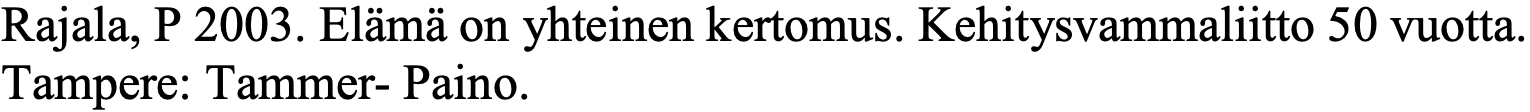
Rajala, P 2003. Elämä on yhteinen kertomus. Kehitysvammaliitto 50 vuotta. Tampere: Tammer- Paino.